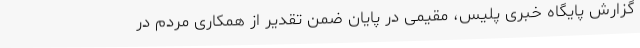
گزارش پایگاه خبری پلیس، مقیمی در پایان ضمن تقدیر از همکاری مردم در